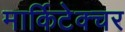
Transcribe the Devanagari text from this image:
मार्किटेक्चर